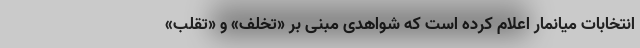
انتخابات میانمار اعلام کرده است که شواهدی مبنی بر «تخلف» و «تقلب»